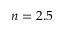
n = 2 . 5